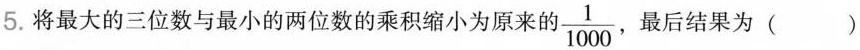
5.将最大的三位数与最小的两位数的乘积缩小为原来的\frac{1}{1000}，最后结果为()。